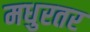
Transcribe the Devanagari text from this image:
मधुरतर